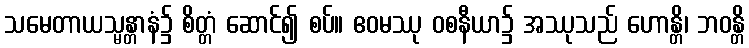
သမေတာယသ္မန္တာနံ၌ စိတ္တံ ဆောင်၍ စပ်။ ဧဝမဿု ဝစနီယာ၌ အဿုသည် ဟောန္တိ၊ ဘဝန္တိ